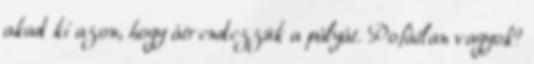
akad ki azon, hogy átrendezzük a pályát. Pofátlan vagyok?